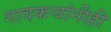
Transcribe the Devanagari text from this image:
गावकऱ्यांनीही